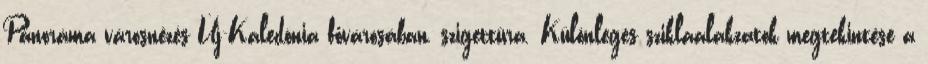
Panoráma városnézés Új-Kaledónia fővárosában, szigettúra. Különleges sziklaalakzatok megtekintése a